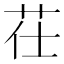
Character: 茌